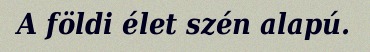
A földi élet szén alapú.